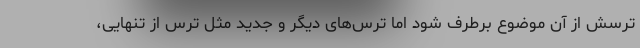
ترسش از آن موضوع برطرف شود اما ترس‌های دیگر و جدید مثل ترس از تنهایی،